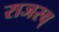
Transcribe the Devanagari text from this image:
राजस्व्